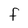
Character: F